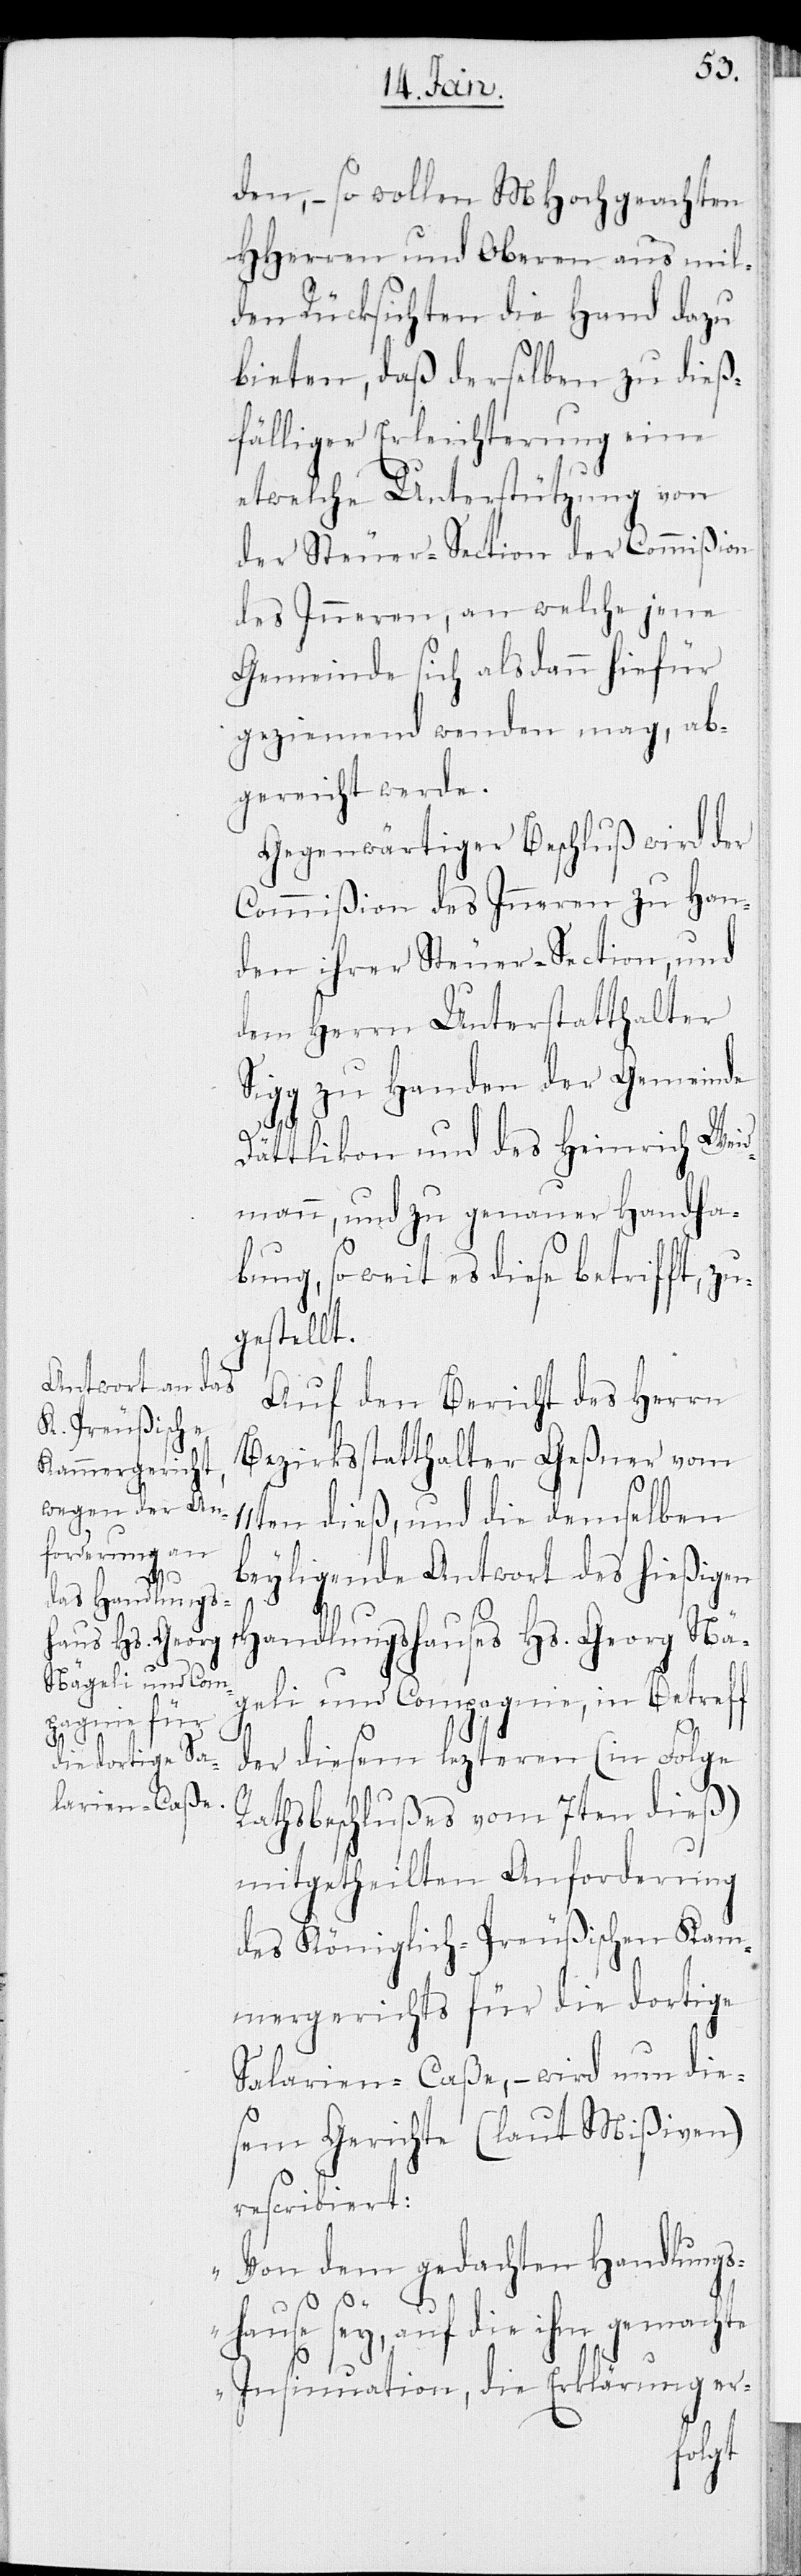
den, – so wollen MHochgeachten
HHerren und Oberen aus mil¬
den Rücksichten die Hand dazu
bieten, daß derselben zu dieß¬
fälliger Erleichterung eine
etwelche Unterstützung von
der Steuer-Section der Commißion
des Inneren, an welche jene
Gemeinde sich alsdann hiefür
geziemend wenden mag, ab¬
gereicht werde.
Gegenwärtiger Beschluß wird der
Commißion des Inneren zu Han¬
den ihrer Steuer-Section, und
dem Herrn Unterstatthalter
Sigg zu Handen der Gemeinde
Dättlikon und des Heinrich Weid¬
mann, und zu genauer Handha¬
bung, soweit es diese betrifft, z¬
ugestellt.
Auf den Bericht des Herrn
Bezirksstatthalter Geßner vom
11ten dieß, und die demselben
beyligende Antwort des hießigen
Handlungshauses Hs. Georg Nä¬
geli und Compagnie, in Betreff
der diesem lezteren (in Folge
Rathsbeschlußes vom 7ten dieß)
mitgetheilten Anforderung
des Königlich-Preußischen Kam¬
mergerichts für die dortige
Salarien-Caße, – wird nun die¬
sem Gerichte (laut Mißiven)
rescribiert:
„Von dem gedachten Handlungs¬
hause sey, auf die ihm gemachte
Insinuation, die Erklärung er-